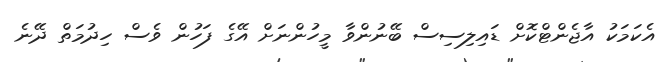
އެކަމަކު އާޖެންޓްކޮށް ޑައިލިސިސް ބޭނުންވާ މީހުންނަށް އޭގެ ފަހުން ވެސް ހިދުމަތް ދޭނެ